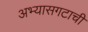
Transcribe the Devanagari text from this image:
अभ्यासगटाची